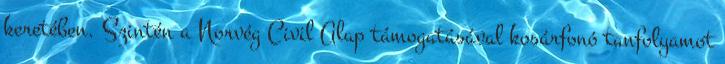
keretében. Szintén a Norvég Civil Alap támogatásával kosárfonó tanfolyamot